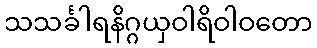
သသင်္ခါရနိဂ္ဂယှဝါရိဝါဝတော